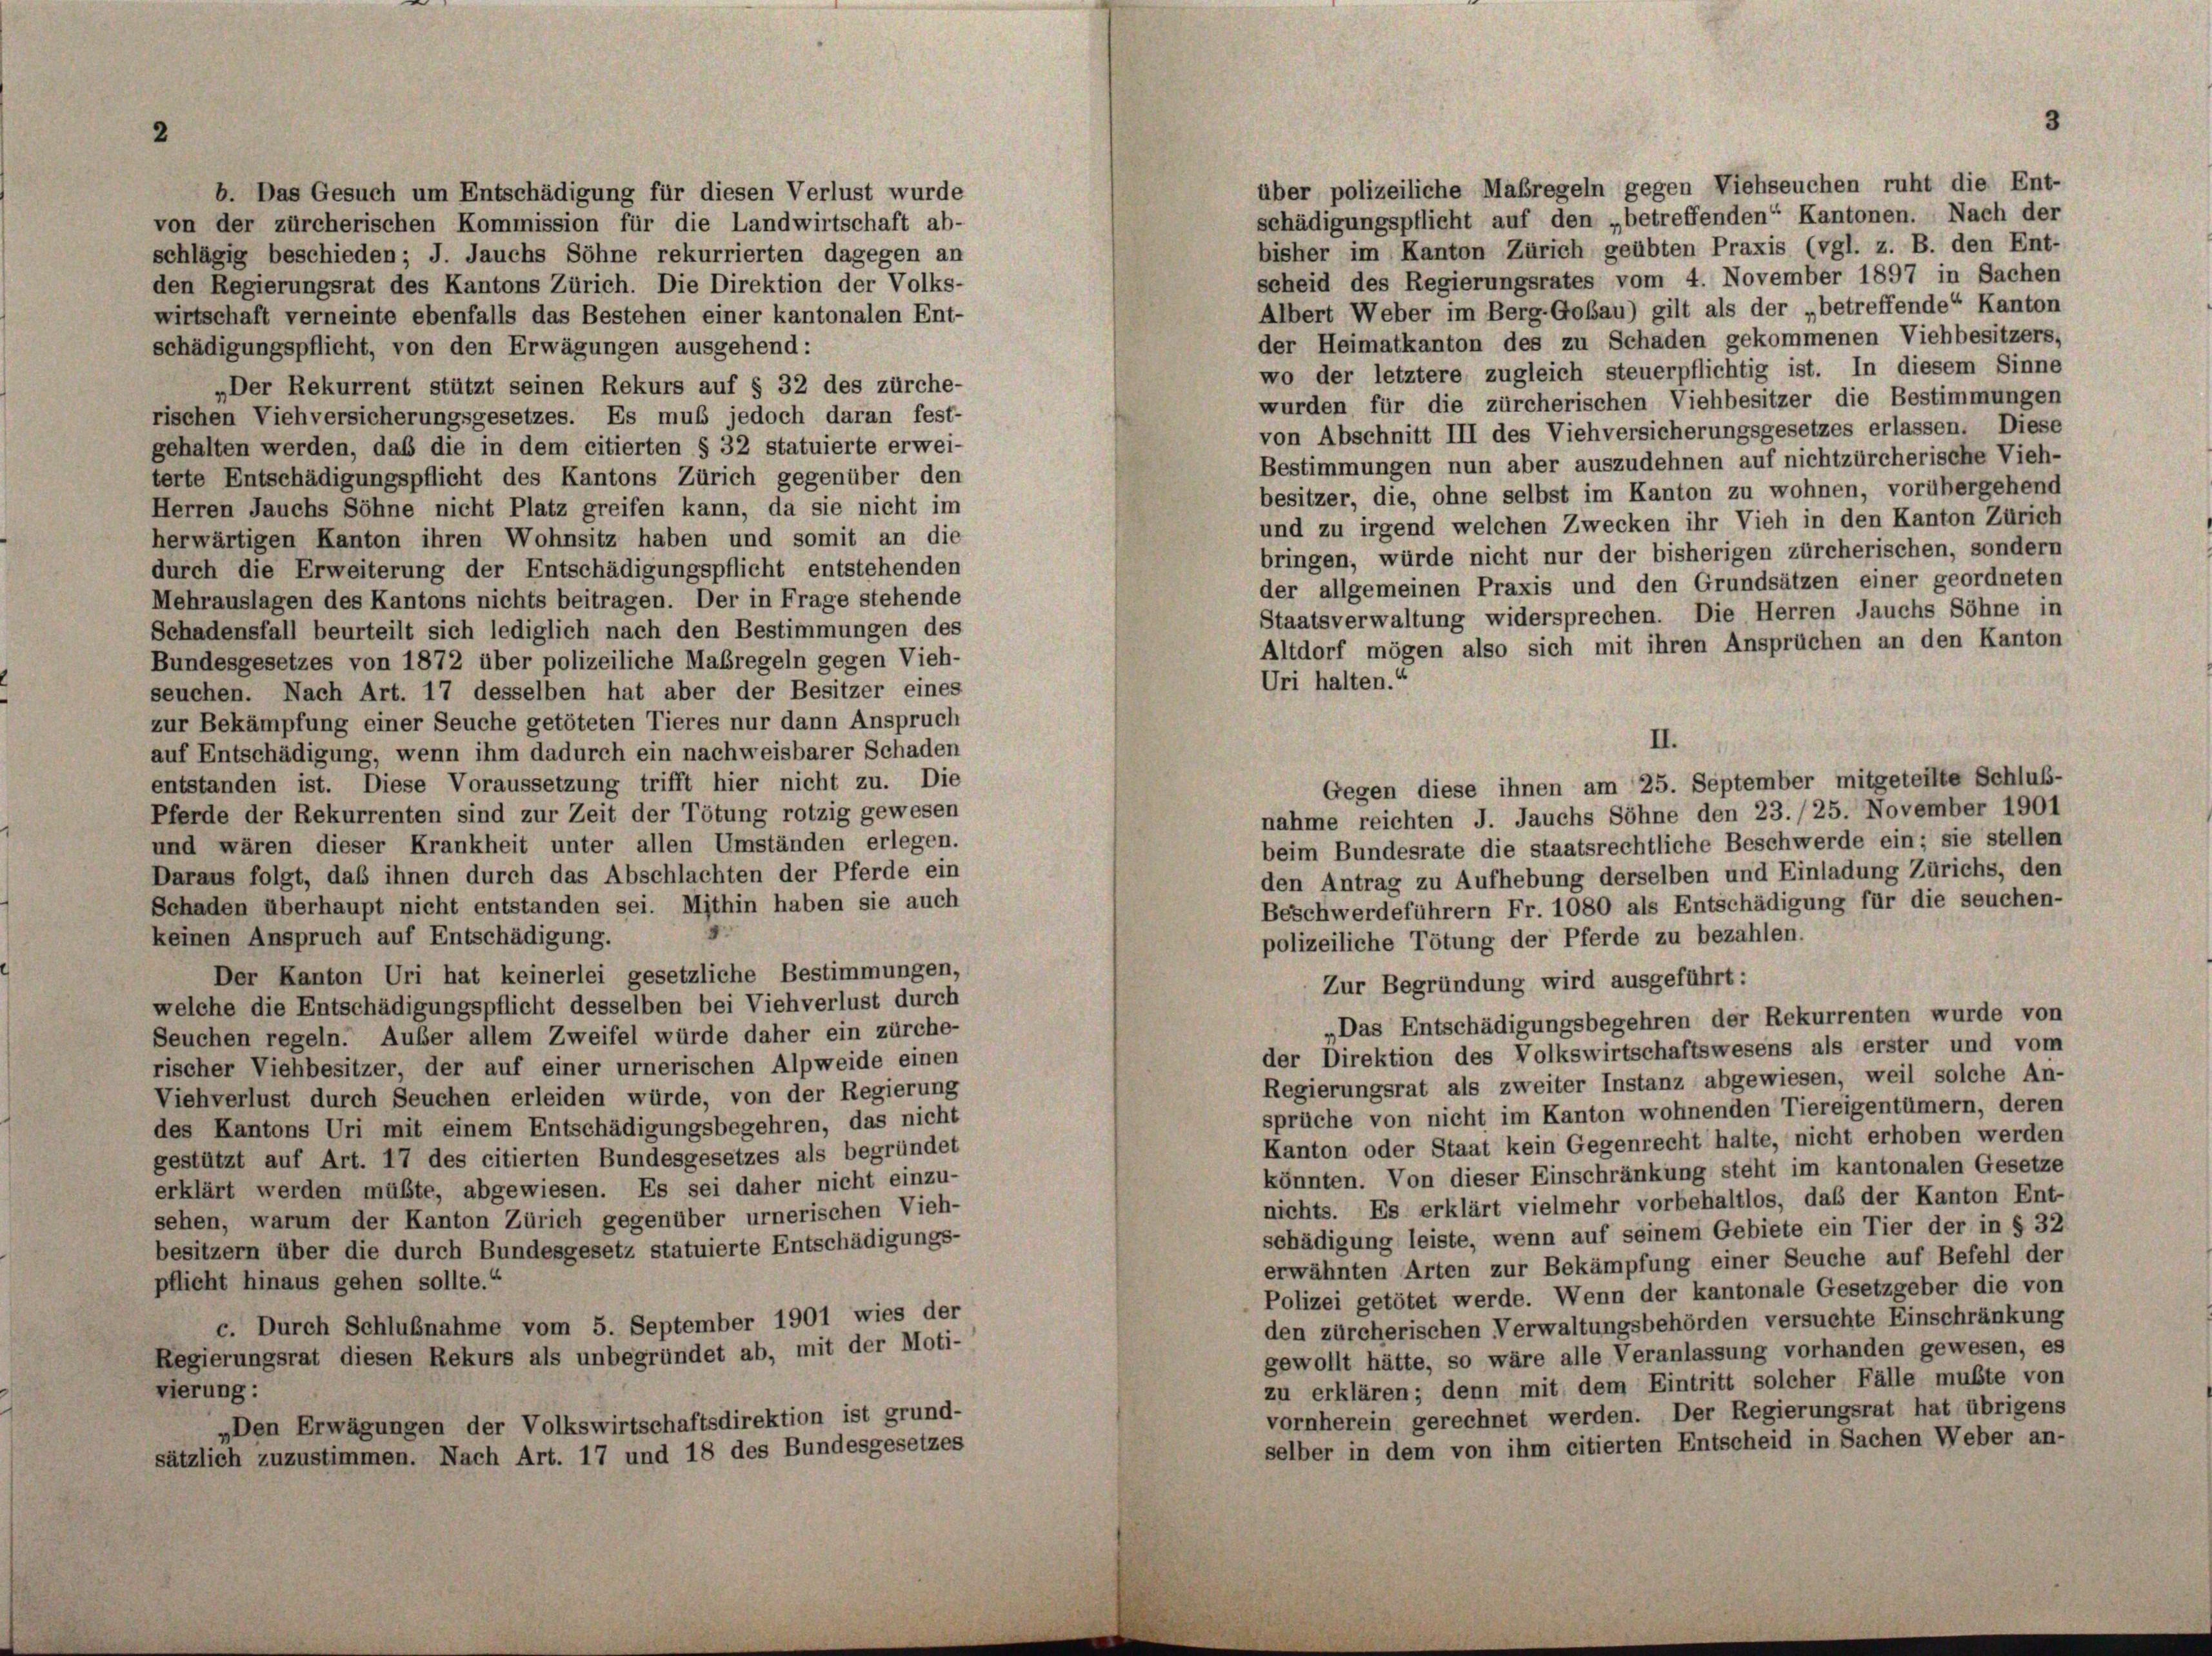
über polizeiliche Maßregeln gegen Viehseuchen ruht die Ent-
b. Das Gesuch um Entschädigung für diesen Verlust wurde
schädigungspflicht auf den „betreffenden“ Kantonen. Nach der
von der zürcherischen Kommission für die Landwirtschaft ab-
bisher im Kanton Zürich geübten Praxis (vgl. z. B. den Ent-
schlägig beschieden; J. Jauchs Söhne rekurrierten dagegen an
scheid des Regierungsrates vom 4. November 1897 in Sachen
den Regierungsrat des Kantons Zürich. Die Direktion der Volks-
Albert Weber im Berg-Gobau) gilt als der „betreffende“ Kanton
wirtschaft verneinte ebenfalls das Bestehen einer kantonalen Ent-
der Heimatkanton des zu Schaden gekommenen Viehbesitzers,
schädigungspflicht, von den Erwägungen ausgehend:
wo der letztere zugleich steuerpflichtig ist. In diesem Sinne
„Der Rekurrent stützt seinen Rekurs auf § 32 des zürche-
wurden für die zürcherischen Viehbesitzer die Bestimmungen
rischen Viehversicherungsgesetzes. Es muß jedoch daran fest-
von Abschnitt III des Viehversicherungsgesetzes erlassen. Diese
gehalten werden, daß die in dem citierten § 32 statuierte erwei-
Bestimmungen nun aber auszudehnen auf nichtzürcherische Vieh-
terte Entschädigungspflicht des Kantons Zürich gegenüber den
besitzer, die, ohne selbst im Kanton zu wohnen, vorübergehend
Herren Jauchs Söhne nicht Platz greifen kann, da sie nicht im
und zu irgend welchen Zwecken ihr Vieh in den Kanton Zürich
herwärtigen Kanton ihren Wohnsitz haben und somit an die
bringen, würde nicht nur der bisherigen zürcherischen, sondern
durch die Erweiterung der Entschädigungspflicht entstehenden
der allgemeinen Praxis und den Grundsätzen einer geordneten
Mehrauslagen des Kantons nichts beitragen. Der in Frage stehende
Staatsverwaltung widersprechen. Die Herren Jauchs Söhne in
Schadensfall beurteilt sich lediglich nach den Bestimmungen des
Bundesgesetzes von 1872 über polizeiliche Maßregeln gegen Vieh-
seuchen. Nach Art. 17 desselben hat aber der Besitzer eines
zur Bekämpfung einer Seuche getöteten Tieres nur dann Anspruch
auf Entschädigung, wenn ihm dadurch ein nachweisbarer Schaden
entstanden ist. Diese Voraussetzung trifft hier nicht zu. Die
Gegen diese ihnen am 25. September mitgeteilte Schluß-
Pferde der Rekurrenten sind zur Zeit der Tötung rotzig gewesen
nahme reichten J. Jauchs Söhne den 23./25. November 1901
und wären dieser Krankheit unter allen Umständen erlegen.
beim Bundesrate die staatsrechtliche Beschwerde ein; sie stellen
Daraus folgt, daß ihnen durch das Abschlachten der Pferde ein
den Antrag zu Aufhebung derselben und Einladung Zürichs, den
Schaden überhaupt nicht entstanden sei. Mithin haben sie auch
Beschwerdeführern Fr. 1080 als Entschädigung für die seuchen-
keinen Anspruch auf Entschädigung.
polizeiliche Tötung der Pferde zu bezahlen.
Der Kanton Uri hat keinerlei gesetzliche Bestimmungen,
Zur Begründung wird ausgeführt:
welche die Entschädigungspflicht desselben bei Viehverlust durch
„Das Entschädigungsbegehren der Rekurrenten wurde von
Seuchen regeln. Außer allem Zweifel würde daher ein zürche-
der Direktion des Volkswirtschaftswesens als erster und vom
rischer Viehbesitzer, der auf einer urnerischen Alpweide einen
Regierungsrat als zweiter Instanz abgewiesen, weil solche An-
Viehverlust durch Seuchen erleiden würde, von der Regierung
sprüche von nicht im Kanton wohnenden Tiereigentümern, deren
des Kantons Uri mit einem Entschädigungsbegehren, das nicht
Kanton oder Staat kein Gegenrecht halte, nicht erhoben werden
gestützt auf Art. 17 des citierten Bundesgesetzes als begründet
könnten. Von dieser Einschränkung steht im kantonalen Gesetze
erklärt werden müßte, abgewiesen. Es sei daher nicht einzu-
nichts. Es erklärt vielmehr vorbehaltlos, das der Kanton Ent-
sehen, warum der Kanton Zürich gegenüber urnerischen Vieh-
schädigung leiste, wenn auf seinem Gebiete ein Tier der in § 32
besitzern über die durch Bundesgesetz statuierte Entschädigungs-
erwähnten Arten zur Bekämpfung einer Seuche auf Befehl der
pflicht hinaus gehen sollte.“
Polizei getötet werde. Wenn der kantonale Gesetzgeber die von
den zürcherischen Verwaltungsbehörden versuchte Einschränkung
c. Durch Schlußnahme vom 5. September 1901 wies der
gewollt hätte, so wäre alle Veranlassung vorhanden gewesen, es
Regierungsrat diesen Rekurs als unbegründet ab, mit der Moti-
zu erklären; denn mit dem Eintritt solcher Fälle mußte von
vierung:
vornherein gerechnet werden. Der Regierungsrat hat übrigens
„Den Erwägungen der Volkswirtschaftsdirektion ist grund-
selber in dem von ihm citierten Entscheid in Sachen Weber an-
sätzlich zuzustimmen. Nach Art. 17 und 18 des Bundesgesetzes

Altdorf mögen also sich mit ihren Ansprüchen an den Kanton
Uri halten.“
II.

3